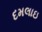
દમલાઇ